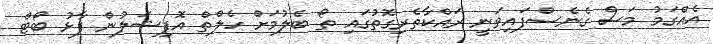
އެއްގަމު މަސް ގެނެސްފައިވަނީ ރައްކާތެރިގޮތުގައި ތޯ ބެލުމަށް ހެލްތް އޮފިޝަލުން ފާޅު ބޯޓް